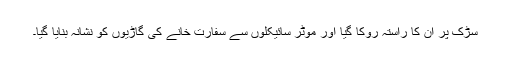
سڑک پر ان کا راستہ روکا گیا اور موٹر سائیکلوں سے سفارت خانے کی گاڑیوں کو نشانہ بنایا گیا۔